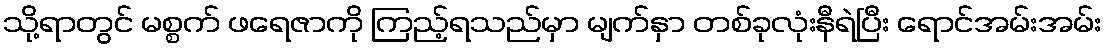
သို့ရာတွင် မစ္စက် ဖရေဇာကို ကြည့်ရသည်မှာ မျက်နှာ တစ်ခုလုံးနီရဲပြီး ရောင်အမ်းအမ်း